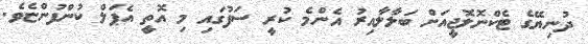
ދުނިޔޭގެ ޓެކްނޮލޮޖީއަށް ބަލާލާއިރު އެންމެ ކުރީ ސަފުގައި މި އޮތީ އެޕަލް ކުންފުންޏެވެ.